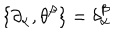
\{ \partial _ { \alpha } , \theta ^ { \beta } \} = \delta _ { \alpha } ^ { \beta }